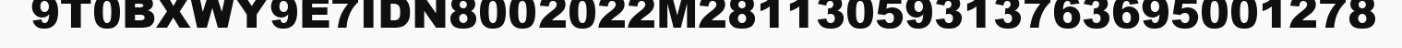
9T0BXWY9E7IDN8002022M28113059313763695001278